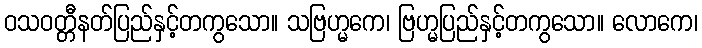
ဝသဝတ္တီနတ်ပြည်နှင့်တကွသော။ သဗြဟ္မကေ၊ ဗြဟ္မပြည်နှင့်တကွသော။ လောကေ၊